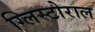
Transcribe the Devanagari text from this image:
ग्लिस्टोराल